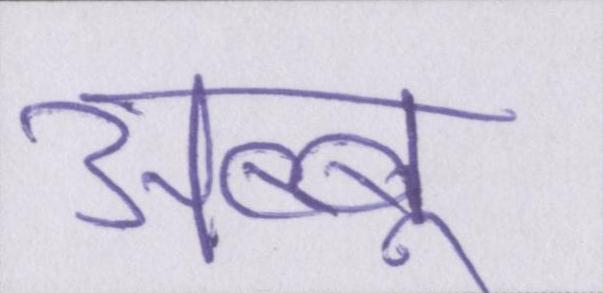
अब्बू